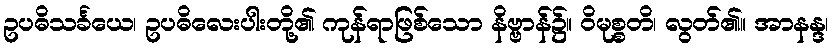
ဥပဓိသင်္ခယေ၊ ဥပဓိလေးပါးတို့၏ ကုန်ရာဖြစ်သော နိဗ္ဗာန်၌။ ဝိမုစ္စတိ၊ လွတ်၏။ အာနန္ဒ၊